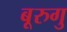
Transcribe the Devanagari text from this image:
बूरुगु